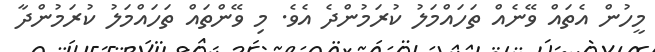
މީހުން އެތައް ވޭނެއް ތަހައްމަލު ކުރަމުންދެ އެވެ. މި ވޭންތައް ތަހައްމަލު ކުރަމުންދާ